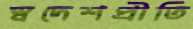
স্বদেশপ্রীতি